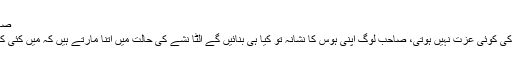
صاحب یہ سگریٹ کے نشان ہیں.
خریدی ہوئی عورت کے جسم کی کوئی عزت نہیں ہوتی، صاحب لوگ اپنی ہوس کا نشانہ تو کیا ہی بنائیں گے الٹا نشے کی حالت میں اتنا مارتے ہیں کہ میں کئی کئی دن بےہوش پڑی رہتی ہوں۔